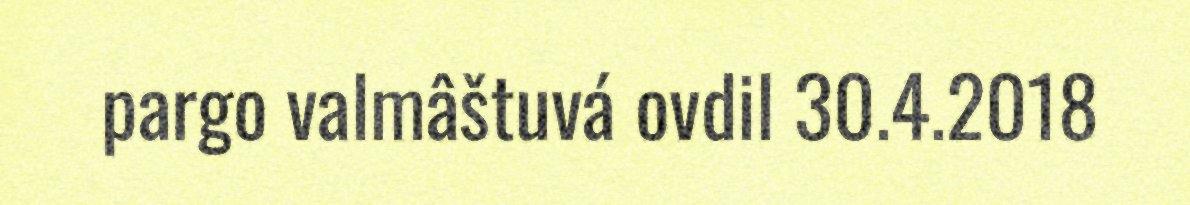
pargo valmâštuvá ovdil 30.4.2018